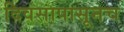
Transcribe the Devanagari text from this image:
दिवसापासूनच